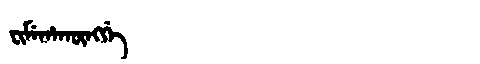
Manchu: ᠸᡳᠮᡝᡥᠠᡴᡡᠩᡤᡝ
Romanization: FIMEHAKŪNGGE